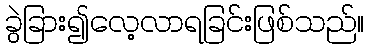
ခွဲခြား၍လေ့လာရခြင်းဖြစ်သည်။